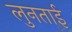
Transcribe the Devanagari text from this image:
लुनताई